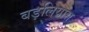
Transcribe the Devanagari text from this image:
बड़लियास